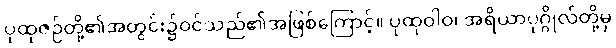
ပုထုဇဉ်တို့၏အတွင်း၌ဝင်သည်၏အဖြစ်ကြောင့်။ ပုထုဝါဝ၊ အရိယာပုဂ္ဂိုလ်တို့မှ